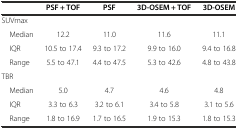
<table><thead><tr><td></td><td><b>PSF + TOF</b></td><td><b>PSF</b></td><td><b>3D-OSEM + TOF</b></td><td><b>3D-OSEM</b></td></tr></thead><tbody><tr><td>SUVmax</td><td></td><td></td><td></td><td></td></tr><tr><td> Median</td><td>12.2</td><td>11.0</td><td>11.6</td><td>11.1</td></tr><tr><td> IQR</td><td>10.5 to 17.4</td><td>9.3 to 17.2</td><td>9.9 to 16.0</td><td>9.4 to 16.8</td></tr><tr><td> Range</td><td>5.5 to 47.1</td><td>4.4 to 47.5</td><td>5.3 to 42.6</td><td>4.8 to 43.8</td></tr><tr><td>TBR</td><td></td><td></td><td></td><td></td></tr><tr><td> Median</td><td>5.0</td><td>4.7</td><td>4.6</td><td>4.8</td></tr><tr><td> IQR</td><td>3.3 to 6.3</td><td>3.2 to 6.1</td><td>3.4 to 5.8</td><td>3.1 to 5.6</td></tr><tr><td> Range</td><td>1.8 to 16.9</td><td>1.7 to 16.5</td><td>1.9 to 15.3</td><td>1.8 to 15.3</td></tr></tbody></table>